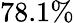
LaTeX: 78.1\%